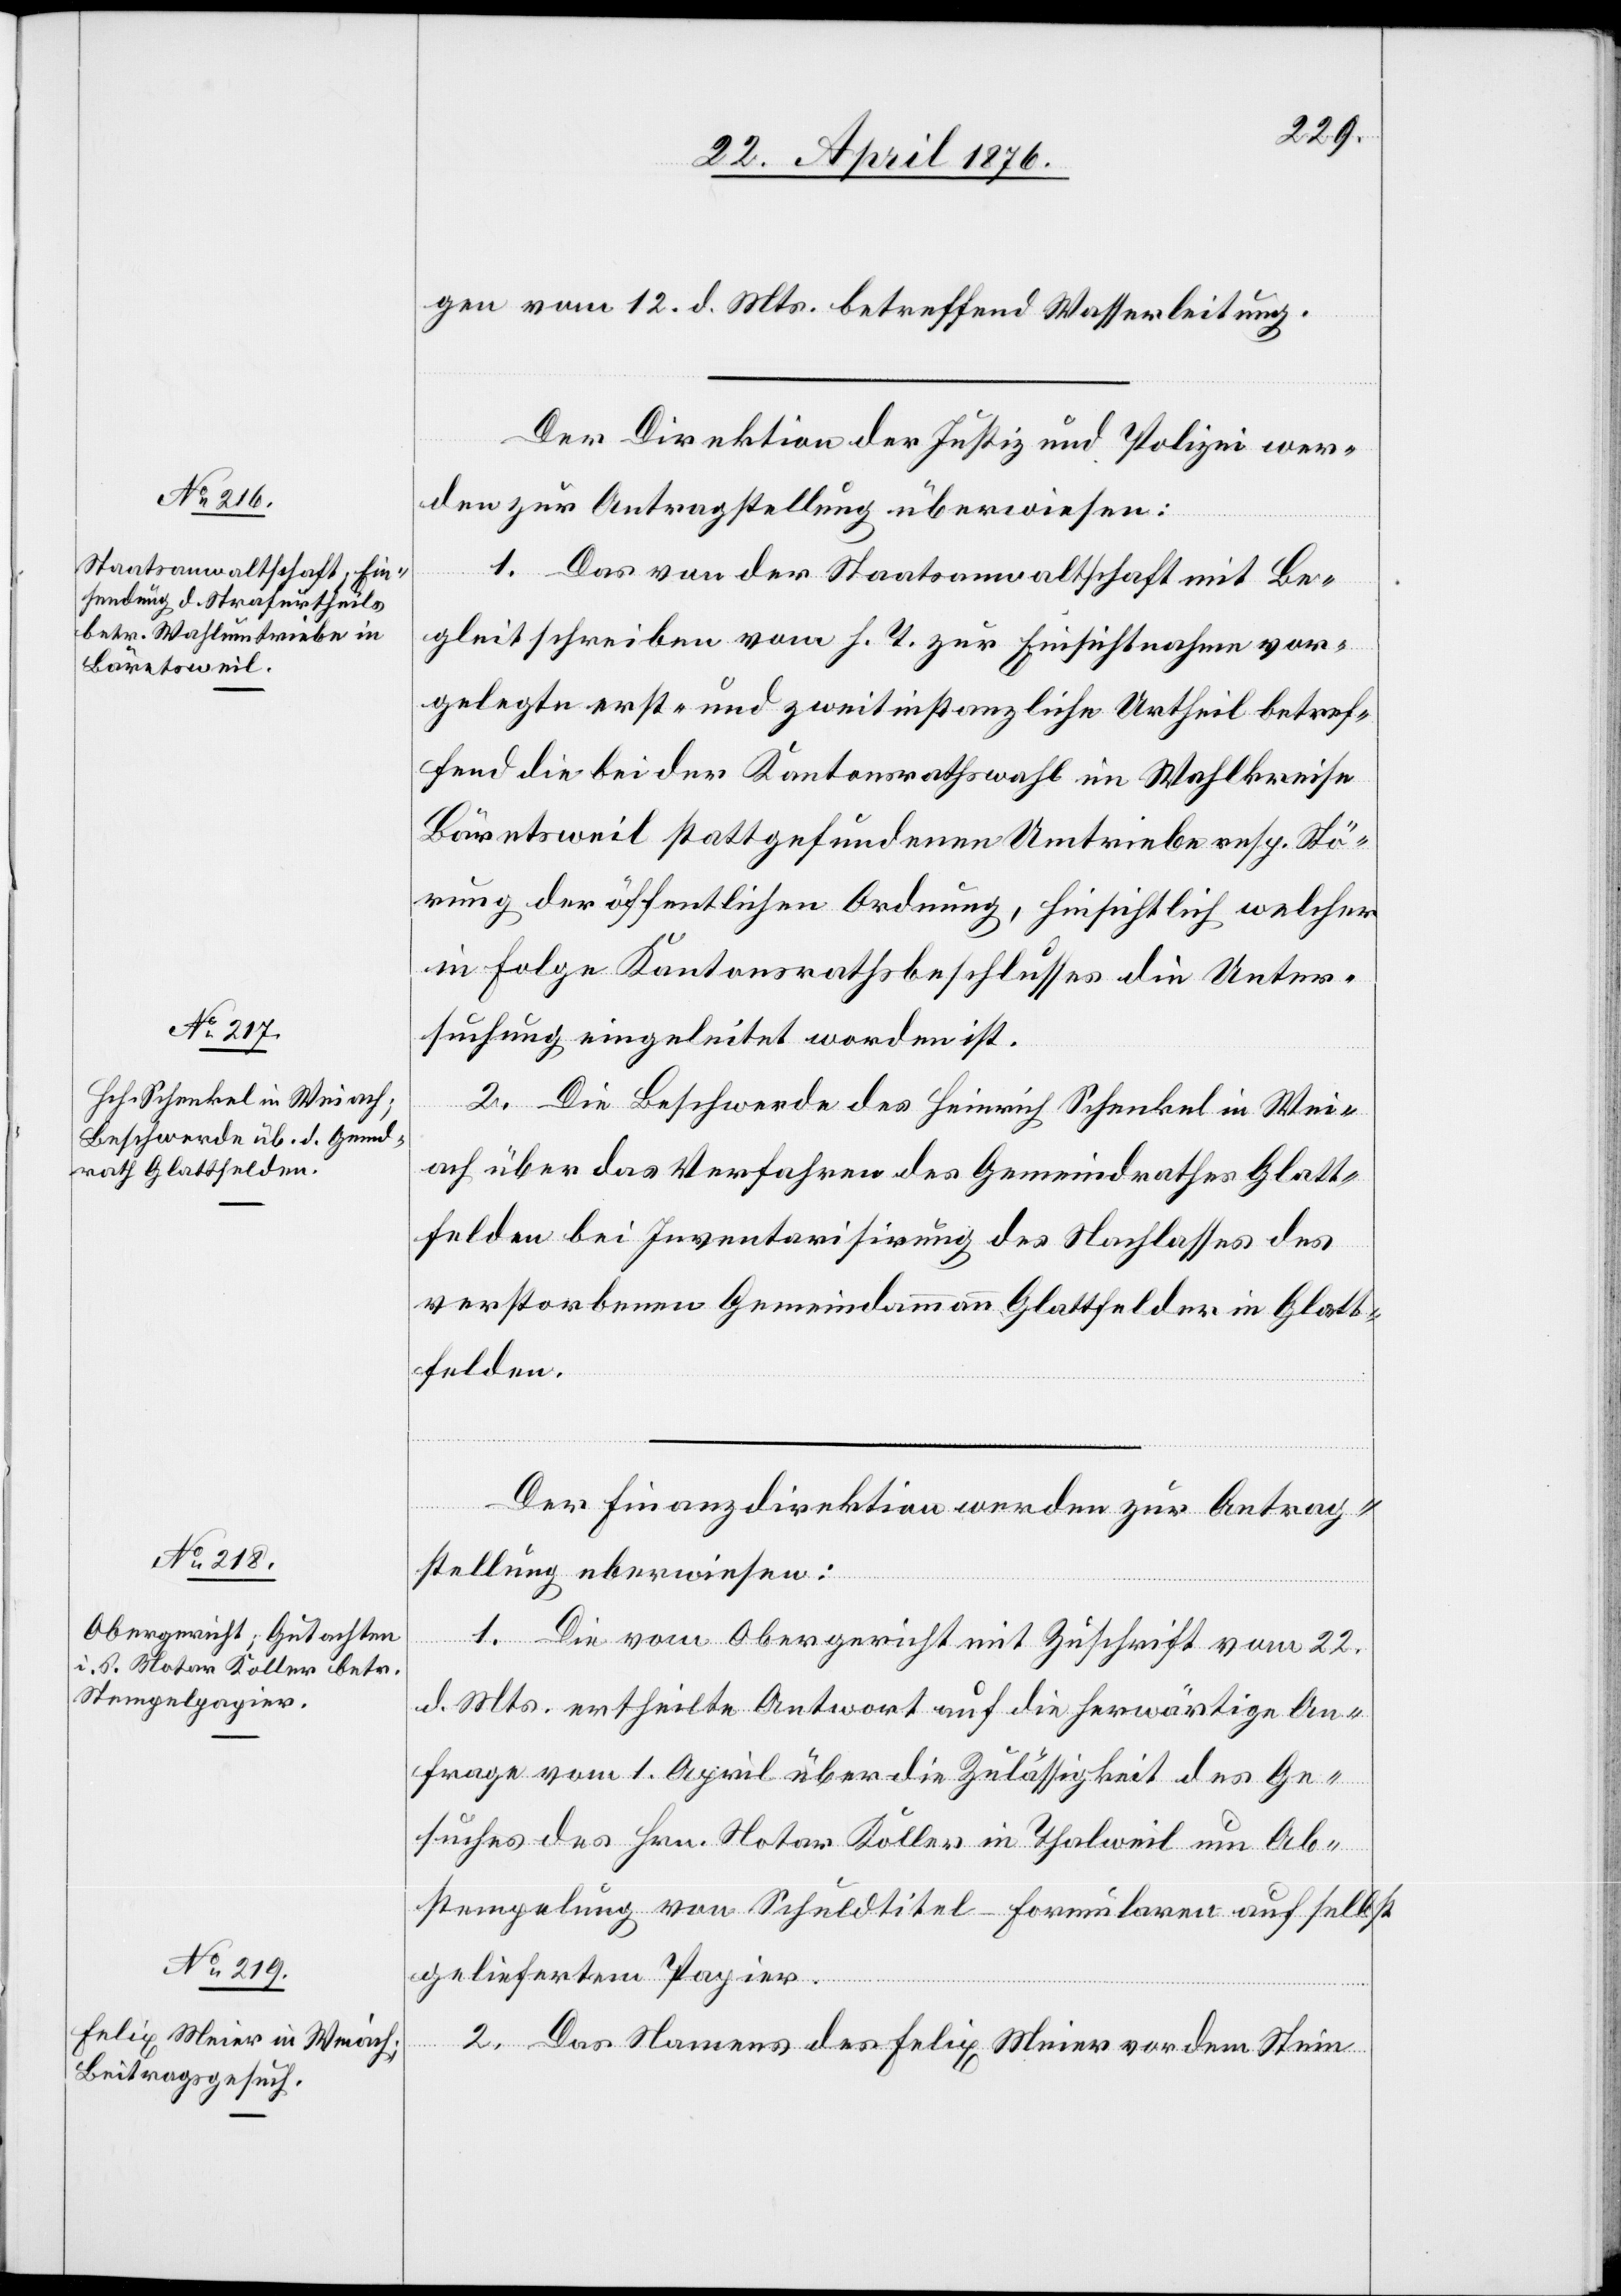
26. April 1876.]
gen vom 12. d. Mts. betreffend Wasserleitung.
Der Direktion der Justiz und Polizei wer¬
den zur Antragstellung überwiesen:
etzung
1. Das von der Staatsanwaltschaft mit Be¬
gleitschreiben vom h. T. zur Einsichtnahme vor¬
gelegte erst- und zweitinstanzliche Urtheil betref¬
fend die bei der Kantonsrathswahl im Wahlkreise
Bäretsweil stattgefundenen Umtriebe resp. Stö¬
rung der öffentlichen Ordnung, hinsichtlich welcher
in Folge Kantonsrathsbeschlusses die Unter¬
suchung eingeleitet worden ist.
Die Beschwerde des Heinrich Schenkel in Wei¬
ach über das Verfahren des Gemeindrathes Glatt¬
felden bei Inventarisirung des Nachlasses des
verstorbenen Gemeindammann Glattfelder in Glatt¬
felden.
Der Finanzdirektion werden zur Antrag¬
stellung eberwiesen
1. Die vom Obergericht mit Zuschrift vom 22.
d. Mts. ertheilte Antwort auf die herwärtige An¬
frage vom 1. April über die Zulässigkeit des Ge¬
suches des Hrn. Notar Koller in Thalweil um Ab¬
stempelung von Schuldtitel-Formularen auf selbst
geliefertem Papier.
2. Das Namens des Felix Meier vor dem Stein